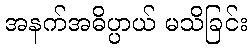
အနက်အဓိပ္ပာယ် မသိခြင်း